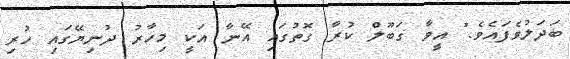
ބަދަލުވެފައެވެ." އީވާ ގަބޫލް ކުރާ ގޮތުގައި އޭނާ އަކީ މިހާރު ދުނިޔޭގައި ހުރި